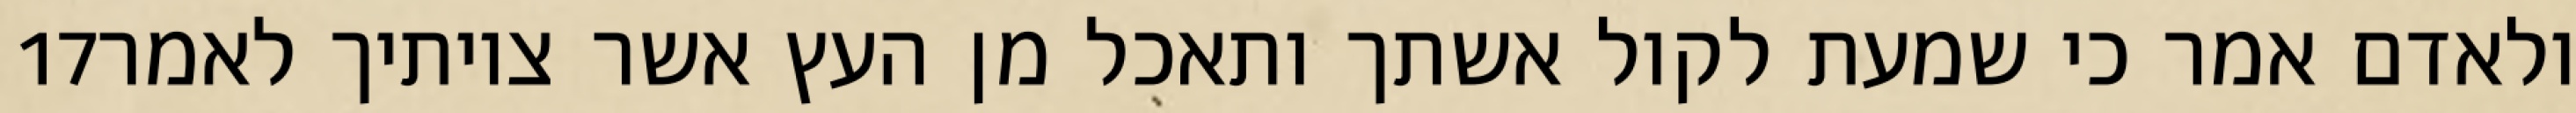
‎17‏ ולאדם אמר כי שמעת לקול אשתך ותאכל מן העץ אשר צויתיך לאמר